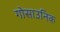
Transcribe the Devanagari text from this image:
गोसाउनिक